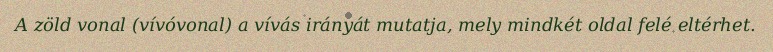
A zöld vonal (vívóvonal) a vívás irányát mutatja, mely mindkét oldal felé eltérhet.